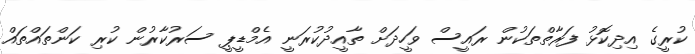
ކުރީގެ އިދިކޮޅު ފަރާތްތަކުން ރައީސް ވަހީދަށް ތާއީދުކުރަނީ އެމްޑީޕީ ސަރުކާރުން ކުރި ކަންތައްތައް